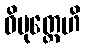
ဝိမုတ္တေဟိ